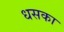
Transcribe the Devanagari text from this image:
धसका